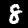
Digit: 8